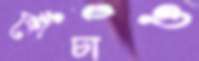
কোঁচাও